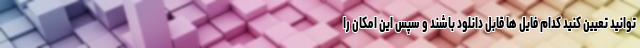
توانید تعیین کنید کدام فایل ها قابل دانلود باشند و سپس این امکان را